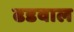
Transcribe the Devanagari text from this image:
ढडवाल